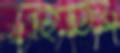
রহিতিস